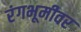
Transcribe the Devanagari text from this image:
रंंगभूमीवर